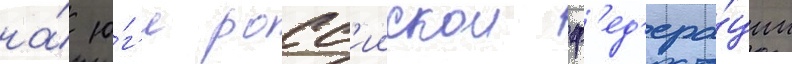
на́ ю́г'е росс'иискои ф'ед'ера́ции